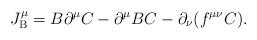
LaTeX: \begin{align*}J_{\rm B}^\mu =B \partial^\mu C - \partial^\mu B C - \partial_\nu (f^{\mu\nu} C) .\end{align*}